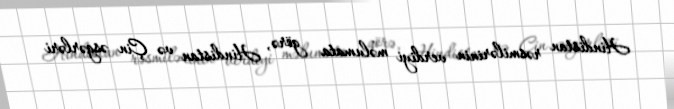
Hindistan rəsmilərinin verdiyi məlumata görə, Hindistan və Çin əsgərləri